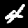
Digit: 4